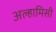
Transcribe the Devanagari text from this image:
अल्हामिसी